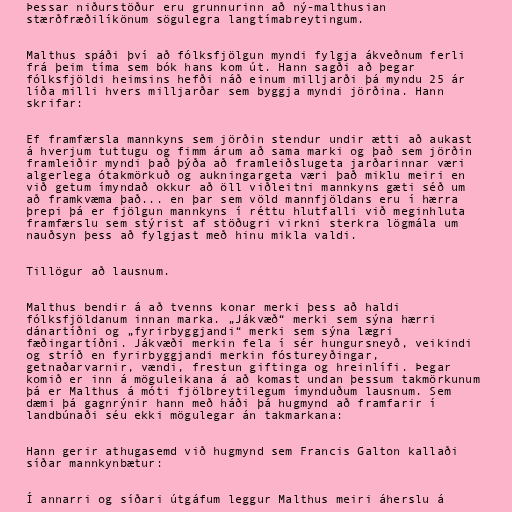
Þessar niðurstöður eru grunnurinn að ný-malthusian
stærðfræðilíkönum sögulegra langtímabreytingum.

Malthus spáði því að fólksfjölgun myndi fylgja ákveðnum ferli
frá þeim tíma sem bók hans kom út. Hann sagði að þegar
fólksfjöldi heimsins hefði náð einum milljarði þá myndu 25 ár
líða milli hvers milljarðar sem byggja myndi jörðina. Hann
skrifar:

Ef framfærsla mannkyns sem jörðin stendur undir ætti að aukast
á hverjum tuttugu og fimm árum að sama marki og það sem jörðin
framleiðir myndi það þýða að framleiðslugeta jarðarinnar væri
algerlega ótakmörkuð og aukningargeta væri það miklu meiri en
við getum ímyndað okkur að öll viðleitni mannkyns gæti séð um
að framkvæma það... en þar sem völd mannfjöldans eru í hærra
þrepi þá er fjölgun mannkyns í réttu hlutfalli við meginhluta
framfærslu sem stýrist af stöðugri virkni sterkra lögmála um
nauðsyn þess að fylgjast með hinu mikla valdi.

Tillögur að lausnum.

Malthus bendir á að tvenns konar merki þess að haldi
fólksfjöldanum innan marka. „Jákvæð“ merki sem sýna hærri
dánartíðni og „fyrirbyggjandi“ merki sem sýna lægri
fæðingartíðni. Jákvæði merkin fela í sér hungursneyð, veikindi
og stríð en fyrirbyggjandi merkin fóstureyðingar,
getnaðarvarnir, vændi, frestun giftinga og hreinlífi. Þegar
komið er inn á möguleikana á að komast undan þessum takmörkunum
þá er Malthus á móti fjölbreytilegum ímynduðum lausnum. Sem
dæmi þá gagnrýnir hann með háði þá hugmynd að framfarir í
landbúnaði séu ekki mögulegar án takmarkana:

Hann gerir athugasemd við hugmynd sem Francis Galton kallaði
síðar mannkynbætur:

Í annarri og síðari útgáfum leggur Malthus meiri áherslu á